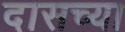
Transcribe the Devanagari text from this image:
दासच्या